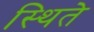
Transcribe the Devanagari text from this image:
स्थिते